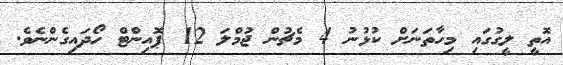
އޮތީ ލީގުގައި މިހާތަނަށް ކުޅުނު 4 މެޗުން ޖުމްލަ 12 ޕޮއިންޓް ހޯދައިގެންނެވެ.